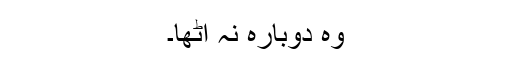
وہ دوبارہ نہ اْٹھا۔